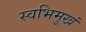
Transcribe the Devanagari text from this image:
स्वभिमुखं